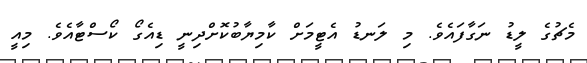
މެޗުގެ ލީޑު ނަގާފައެވެ. މި ލަނޑު އެޓީމަށް ކާމިޔާބުކޮށްދިނީ ޑިއެގޯ ކޯސްޓާއެވެ. މިއީ